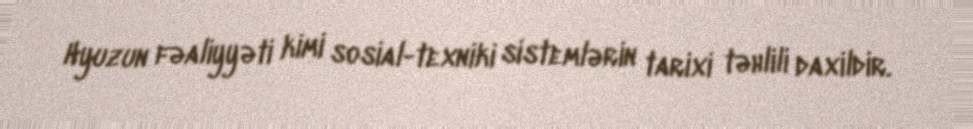
Hyuzun fəaliyyəti kimi sosial-texniki sistemlərin tarixi təhlili daxildir.